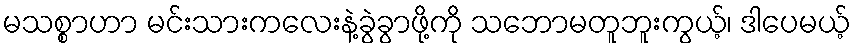
မသစ္စာဟာ မင်းသားကလေးနဲ့ခွဲခွာဖို့ကို သဘောမတူဘူးကွယ့်၊ ဒါပေမယ့်